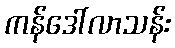
ကန်ဒေါ်လာသန်း